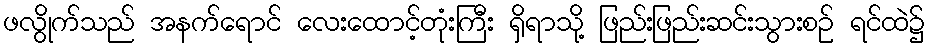
ဖလွိုက်သည် အနက်ရောင် လေးထောင့်တုံးကြီး ရှိရာသို့ ဖြည်းဖြည်းဆင်းသွားစဉ် ရင်ထဲ၌